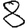
Digit: 8